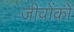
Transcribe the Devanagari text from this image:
जीवोंको